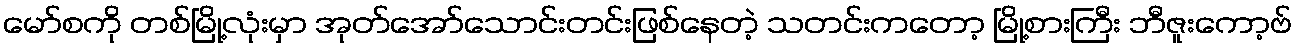
မော်စကို တစ်မြို့လုံးမှာ အုတ်အော်သောင်းတင်းဖြစ်နေတဲ့ သတင်းကတော့ မြို့စားကြီး ဘီဇူးကော့ဗ်